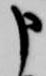
申